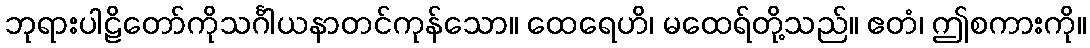
ဘုရားပါဠိတော်ကိုသင်္ဂါယနာတင်ကုန်သော။ ထေရေဟိ၊ မထေရ်တို့သည်။ ဧတံ၊ ဤစကားကို။